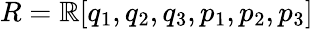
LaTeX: R=\mathbb R[q_{1},q_{2},q_{3},p_{1},p_{2},p_{3}]